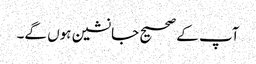
آپ کے صحیح جانشین ہوں گے۔